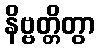
နိဗ္ဗတ္တိတွာ